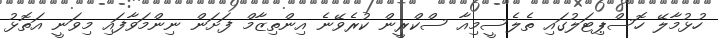
ހުޅުމާލޭ ހޮސްޕިޓަލުގައި ތެލެސީމިއާ ސްކްރީން ކުރެވޭނެ އިންތިޒާމް ފަށަން ނިންމަވާފައި މިވަނީ އަތޮޅު